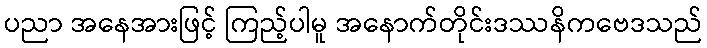
ပညာ အနေအားဖြင့် ကြည့်ပါမူ အနောက်တိုင်းဒဿနိကဗေဒသည်